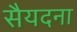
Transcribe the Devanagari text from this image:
सैयदना